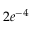
2 e ^ { - 4 }